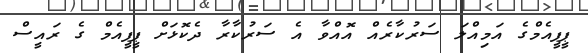
ޕީޕީއެމްގެ އަމިއްލަ ސަރުކާރެއް އޮއްވާ އެ ސަރުކާރާ ދެކޮޅަށް ޕީޕީއެމް ގެ ރައީސް